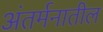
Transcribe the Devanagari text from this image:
अंतर्मनातील